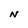
Character: N